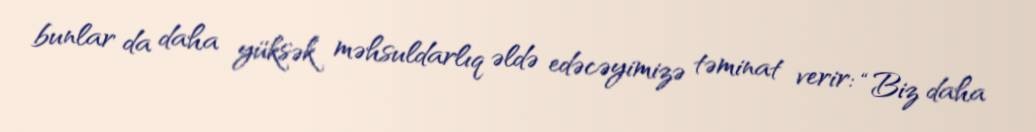
bunlar da daha yüksək məhsuldarlıq əldə edəcəyimizə təminat verir: “Biz daha